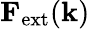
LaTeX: {\mathbf F}_{\mathrm{ext}}({\mathbf k})